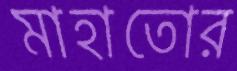
মাহাতোর